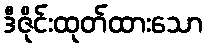
ဒီဇိုင်းထုတ်ထားသော